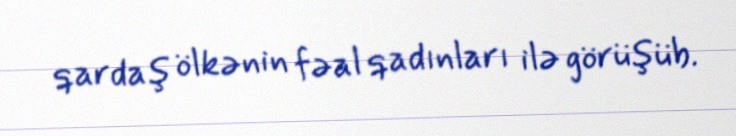
qardaş ölkənin fəal qadınları ilə görüşüb.